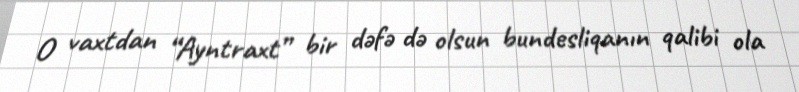
O vaxtdan “Ayntraxt” bir dəfə də olsun bundesliqanın qalibi ola